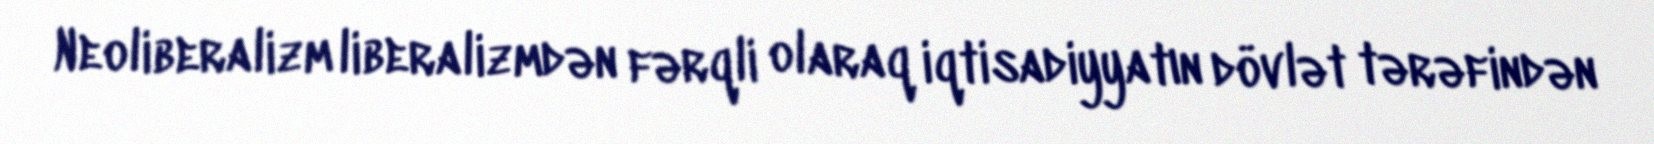
Neoliberalizm liberalizmdən fərqli olaraq iqtisadiyyatın dövlət tərəfindən